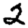
Digit: 2